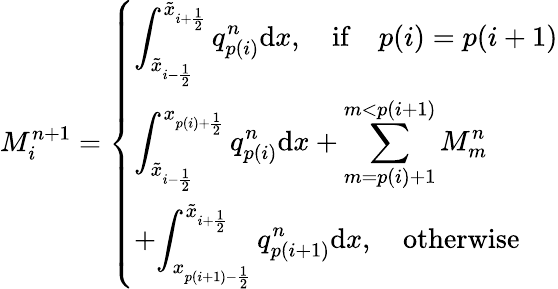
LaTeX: M_{i}^{n+1}=\left\{ \begin{array}{ll}{\displaystyle{\int_{\tilde{x}_{i-\frac{1}{2}}}^{\tilde{x}_{i+\frac{1}{2}}}q_{p(i)}^{n}\mathrm{d}x},\quad\mathrm{if}\quad p(i)=p(i+1)}\\ {\displaystyle{\int_{\tilde{x}_{i-\frac{1}{2}}}^{x_{p(i)+\frac{1}{2}}}q_{p(i)}^{n}\mathrm{d}x+\sum_{m=p(i)+1}^{m<p(i+1)}M_{m}^{n}}}\\ {+\displaystyle{\int_{x_{p(i+1)-\frac{1}{2}}}^{\tilde{x}_{i+\frac{1}{2}}}q_{p(i+1)}^{n}\mathrm{d}x},\quad\mathrm{otherwise~}}\end{array}\right.